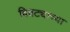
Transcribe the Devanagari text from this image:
बिबट्याच्या